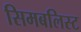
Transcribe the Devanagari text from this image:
सिमबलिस्ट